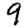
Digit: 9